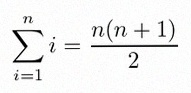
\sum_{i=1}^{n}i=\frac{n(n+1)}2